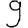
Digit: 9